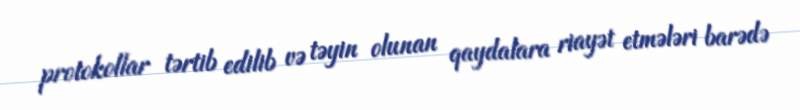
protokollar tərtib edilib və təyin olunan qaydalara riayət etmələri barədə